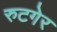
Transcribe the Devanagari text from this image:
रुटगेर